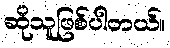
ဆိုသူဖြစ်ပါတယ်။